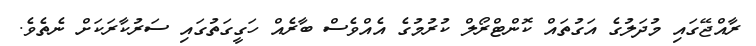
ރާއްޖޭގައި މުދަލުގެ އަގުތައް ކޮންޓްރޯލް ކުރުމުގެ އެއްވެސް ބާރެއް ހަގީގަތުގައި ސަރުކާރަކަށް ނެތެވެ.